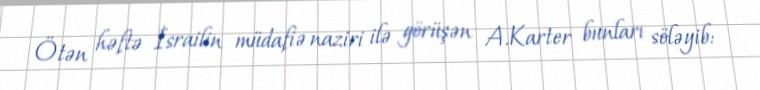
Ötən həftə İsrailin müdafiə naziri ilə görüşən A.Karter bunları söləyib: